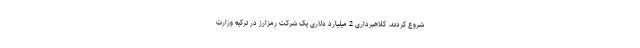
شروع کردند. کلاهبرداری 2 میلیارد دلاری یک شرکت رمزارز در ترکیه وزارت